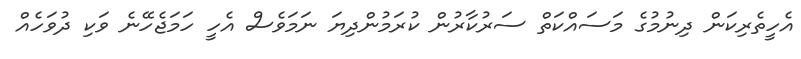
އެހީތެރިކަން ދިނުމުގެ މަސައްކަތް ސަރުކާރުން ކުރަމުންދިޔަ ނަމަވެސް އެހީ ހަމަޖެހޭނެ ވަކި ދުވަހެއް